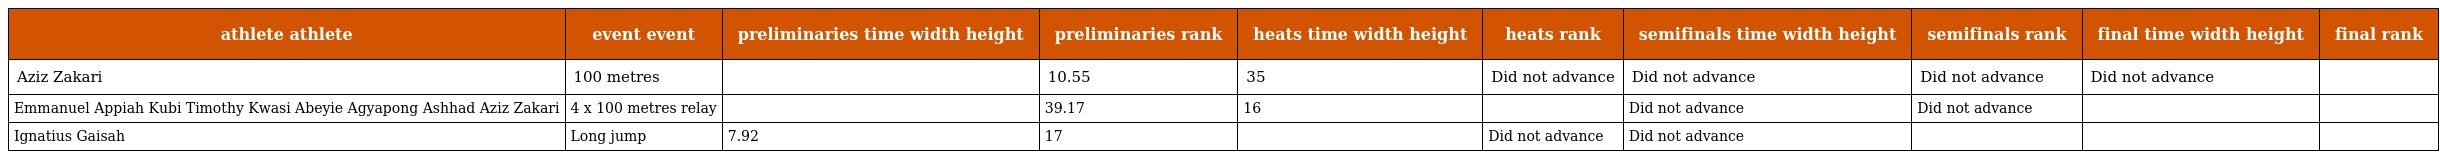
| athlete athlete | event event | preliminaries time width height | preliminaries rank | heats time width height | heats rank | semifinals time width height | semifinals rank | final time width height | final rank |
 | --- | --- | --- | --- | --- | --- | --- | --- | --- | --- |
 | Aziz Zakari | 100 metres |  | 10.55 | 35 | Did not advance | Did not advance | Did not advance | Did not advance |  |
 | Emmanuel Appiah Kubi Timothy Kwasi Abeyie Agyapong Ashhad Aziz Zakari | 4 x 100 metres relay |  | 39.17 | 16 |  | Did not advance | Did not advance |  |  |
 | Ignatius Gaisah | Long jump | 7.92 | 17 |  | Did not advance | Did not advance |  |  |  |